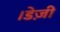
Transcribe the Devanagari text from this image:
।डेज़ी